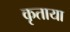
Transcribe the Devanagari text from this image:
कृताया